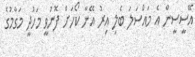
އޭސީސީން އެ މައްސަލަ ބެލި އިރު އޭނާ ކޯހަށް ފޮނުވީ މަހުދީ މަގާމުގެ